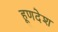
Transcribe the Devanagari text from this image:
हूणदेश